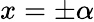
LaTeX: x=\pm\alpha